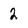
Character: 2